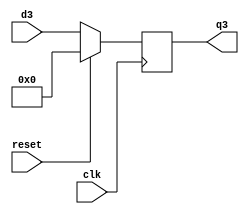
module dflipflop3(d3,q3,clk,reset);
input [31:0]d3;
input clk,reset;
output reg [31:0]q3;
//reg q3;
always@(posedge clk)
begin
if(reset==1'b1)
	q3<=32'b0;
else
	q3<=d3;
end
endmodule